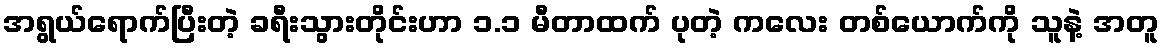
အရွယ်ရောက်ပြီးတဲ့ ခရီးသွားတိုင်းဟာ ၁.၁ မီတာထက် ပုတဲ့ ကလေး တစ်ယောက်ကို သူနဲ့ အတူ